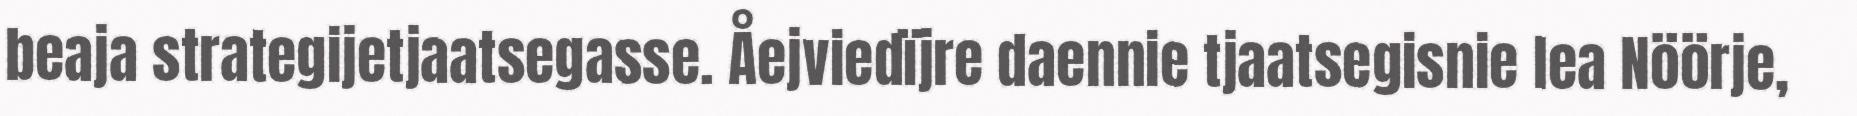
beaja strategijetjaatsegasse. Åejviedïjre daennie tjaatsegisnie lea Nöörje,